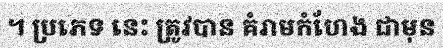
។ ប្រភេទ នេះ ត្រូវបាន គំរាមកំហែង ជាមុន